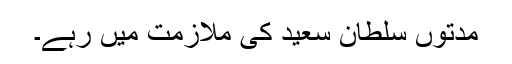
مدتوں سلطان سعید کی ملازمت میں رہے۔